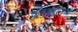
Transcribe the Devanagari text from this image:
कुतुबुद्दीनचा